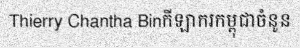
Thierry Chantha Binកីឡាករកម្ពុជាចំនូន